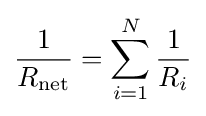
{1 \over R_{\mathrm {net} }}=\sum _{i=1}^{N}{1 \over R_{i}}\,\!